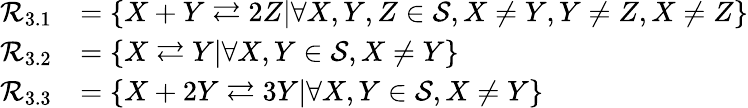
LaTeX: \begin{array}{rl}{\mathcal{R}_{3.1}}&{=\{ X+Y\rightleftarrows 2Z|\forall X,Y,Z\in\mathcal{S},X\ne Y,Y\ne Z,X\ne Z\} }\\ {\mathcal{R}_{3.2}}&{=\{ X\rightleftarrows Y|\forall X,Y\in\mathcal{S},X\ne Y\} }\\ {\mathcal{R}_{3.3}}&{=\{ X+2Y\rightleftarrows 3Y|\forall X,Y\in\mathcal{S},X\ne Y\} }\end{array}